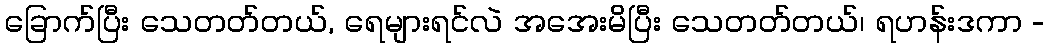
ခြောက်ပြီး သေတတ်တယ်, ရေများရင်လဲ အအေးမိပြီး သေတတ်တယ်၊ ရဟန်းဒကာ -